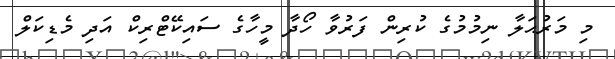
މި މަރުޙަލާ ނިމުމުގެ ކުރިން ފަރުވާ ހޯދާ މީހާގެ ސައިކޭޓްރިކް އަދި މެޑިކަލް